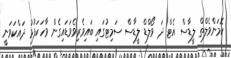
ކޮމަންވެލްތް ލީޑާސް އެޓް ދަ ވޯލްޑް ލީޑާސް ސަމިޓުގައި ބައިވެރިވެވަޑައިގެން ވާހަކަފުޅު ދައްކަވަނީ